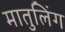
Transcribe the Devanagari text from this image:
मातुलिंग